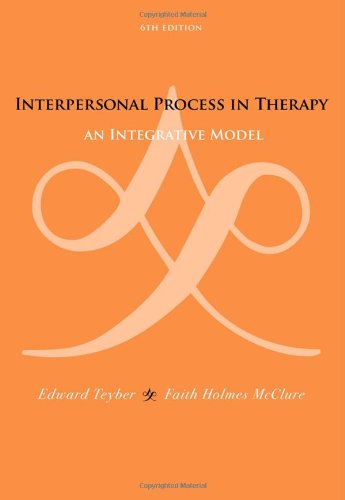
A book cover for Interpersonal Process in Therapy: An Integrative Model (Skills, Techniques, & Process); Edward Teyber; Engineering & Transportation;